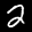
Label: 2